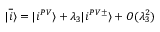
| \overline { { i } } \rangle = | i ^ { P V } \rangle + \lambda _ { 3 } | i ^ { P V \pm } \rangle + { \cal O } ( \lambda _ { 3 } ^ { 2 } )